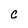
Character: C